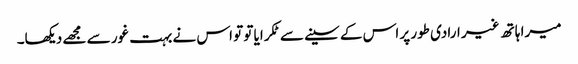
میرا ہاتھ غیر ارادی طور پر اس کے سینے سے ٹکرایا تو تو اس نے بہت غور سے مجھے دیکھا۔